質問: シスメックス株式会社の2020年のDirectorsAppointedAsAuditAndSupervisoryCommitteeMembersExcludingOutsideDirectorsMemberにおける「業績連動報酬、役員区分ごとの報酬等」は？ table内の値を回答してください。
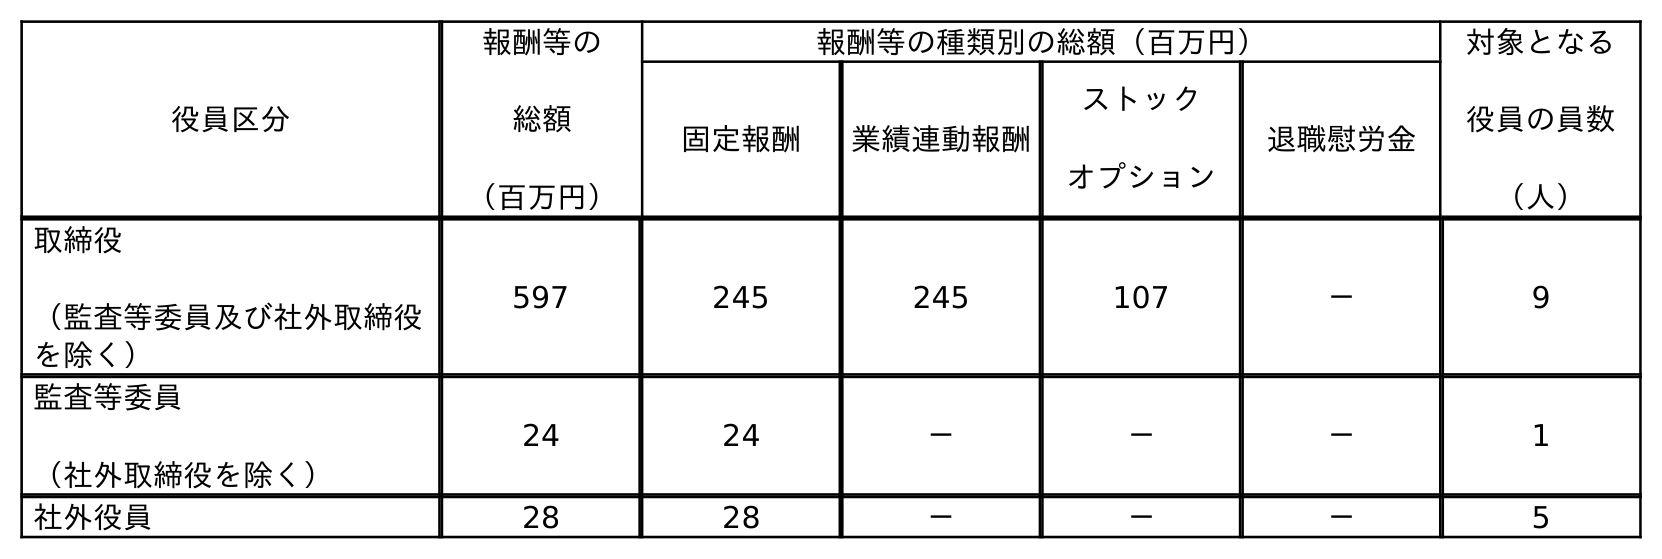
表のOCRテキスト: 役員区分 報酬等の 総額 （百万円） 報酬等の種類別の総額（百万円） 対象となる 役員の員数 （人） 固定報酬 業績連動報酬 ストック オプション 退職慰労金 取締役 （監査等委員及び社外取締役 を除く） 597 245 245 107 － 9 監査等委員 （社外取締役を除く） 24 24 － － － 1 社外役員 28 28 － － － 5
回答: －